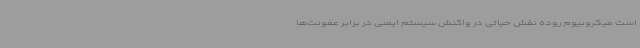
است میکروبیوم روده نقش حیاتی در واکنش سیستم ایمنی در برابر عفونت‌ها